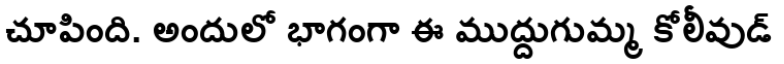
చూపింది. అందులో భాగంగా ఈ ముద్దుగుమ్మ కోలీవుడ్